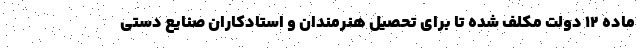
ماده ۱۲ دولت مکلف شده تا برای تحصیل هنرمندان و استادکاران صنایع دستی